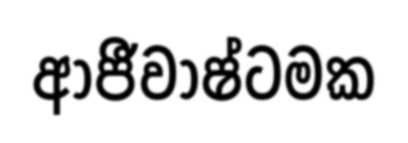
ආජීවාෂ්ටමක